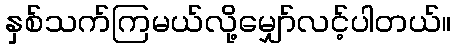
နှစ်သက်ကြမယ်လို့မျှော်လင့်ပါတယ်။